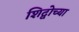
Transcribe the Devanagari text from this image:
शिद्वोच्या